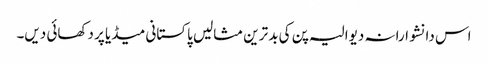
اس دانشوارانہ دیوالیہ پن کی بد ترین مثالیں پاکستانی میڈیا پر دکھائی دیں۔